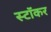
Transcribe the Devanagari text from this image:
स्टॉकर